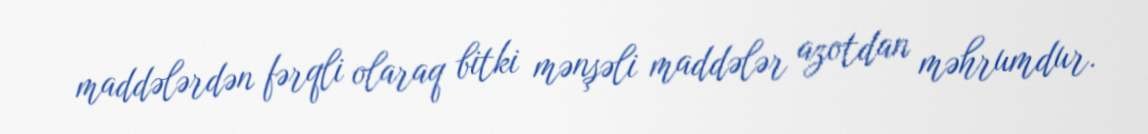
maddələrdən fərqli olaraq bitki mənşəli maddələr azotdan məhrumdur.